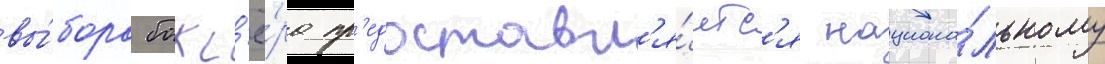
вы́бора бокс'ё́ра пр'едоставл'я́етс'я национа́льному